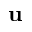
{ \mathbf u }